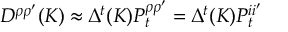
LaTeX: D ^ { \rho \rho ^ { \prime } } ( K ) \approx \Delta ^ { t } ( K ) { \cal { P } } _ { t } ^ { \rho \rho ^ { \prime } } = \Delta ^ { t } ( K ) { \cal { P } } _ { t } ^ { i i ^ { \prime } }